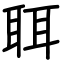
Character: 聑